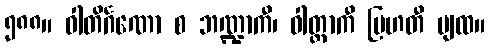
၅၈၈။ ဝါတိင်္ဂဏော စ ဘဏ္ဍာကီ၊ ဝါတ္တာကီ ဗြဟတီ ပျထ။